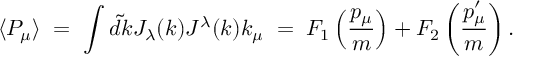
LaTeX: \langle P _ { \mu } \rangle \; = \; \int \tilde { d k } J _ { \lambda } ( k ) J ^ { \lambda } ( k ) k _ { \mu } \; = \; F _ { 1 } \left( { \frac { p _ { \mu } } { m } } \right) + F _ { 2 } \left( { \frac { p _ { \mu } ^ { \prime } } { m } } \right) .